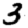
Digit: 3